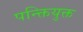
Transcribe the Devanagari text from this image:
पन्क्तियुक्त